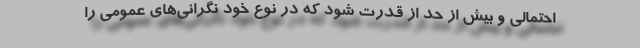
احتمالی و بیش از حد از قدرت شود که در نوع خود نگرانی‌های عمومی را